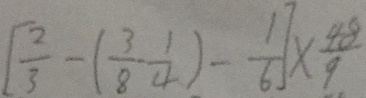
[ \frac { 2 } { 3 } - ( \frac { 3 } { 8 } - \frac { 1 } { 4 } ) - \frac { 1 } { 6 } ] \times \frac { 4 8 } { 9 }